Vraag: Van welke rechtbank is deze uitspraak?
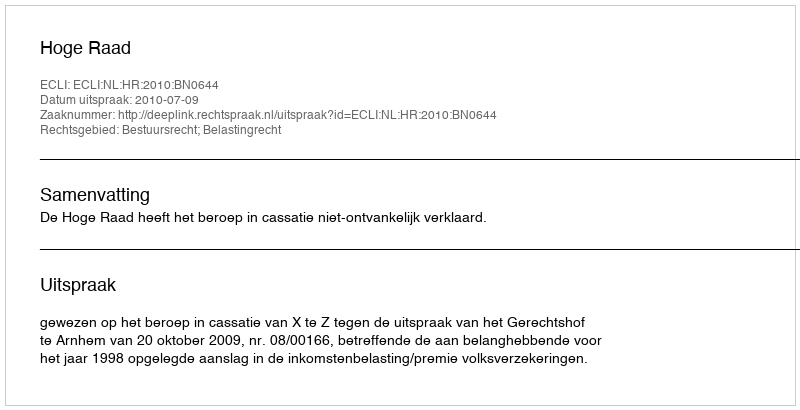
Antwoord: Hoge Raad